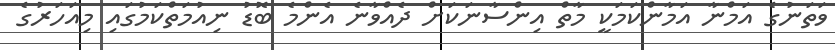
ވަތަނުގެ އަމްނާ އަމާންކަމަކީ މާތް އިންސާނަކަށް ދެއްވާނެ އެންމެ ބޮޑު ނިއުމަތްކަމުގައި މިއަހަރުގެ